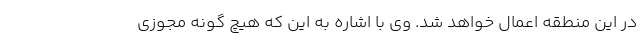
در این منطقه اعمال خواهد شد. وی با اشاره به این که هیچ گونه مجوزی